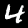
Digit: 4